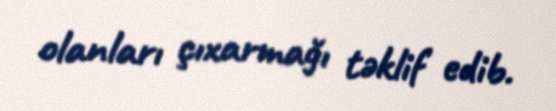
olanları çıxarmağı təklif edib.